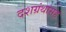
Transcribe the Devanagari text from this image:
दशग्रंथांसह